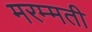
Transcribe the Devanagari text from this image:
मरम्‍मती